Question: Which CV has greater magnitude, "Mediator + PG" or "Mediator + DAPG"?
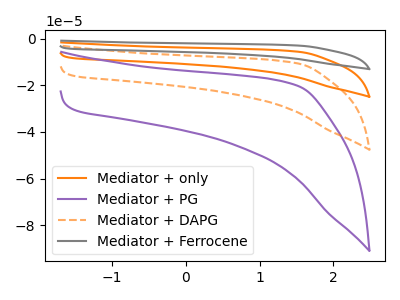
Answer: <think>The orange curve "Mediator + only" has no peaks. The purple curve "Mediator + PG" has no peaks. The orange dashed curve "Mediator + DAPG" has no peaks. The gray curve "Mediator + Ferrocene" has no peaks.
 Neither "Mediator + PG" or "Mediator + DAPG" have any peaks.</think>
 <answer>I cant tell if "Mediator + PG" or "Mediator + DAPG" has more signal.</answer>
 <eval>mixed_signal</eval>